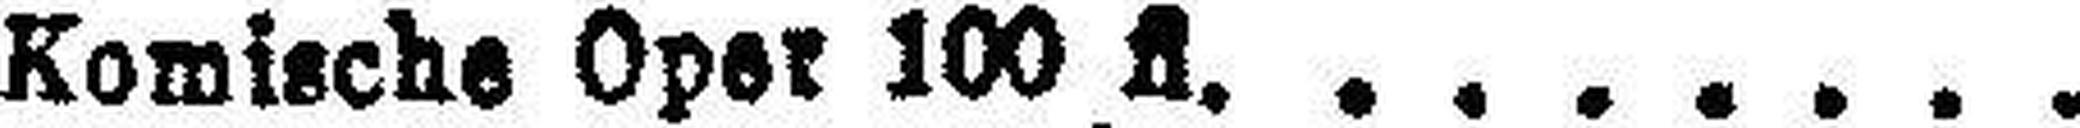
Komische Oper 100 fl.